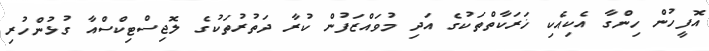
އޮފީހުން ހިންގާ އެކިއެކި ޚަރަކާތްތަކުގެ އަދި މުވައްޒަފުން ކުރާ ދަތުރުތަކުގެ ލޮޖިސްޓިކްސްއާ ގުޅުންހުރި